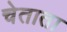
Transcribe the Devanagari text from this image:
चेताता